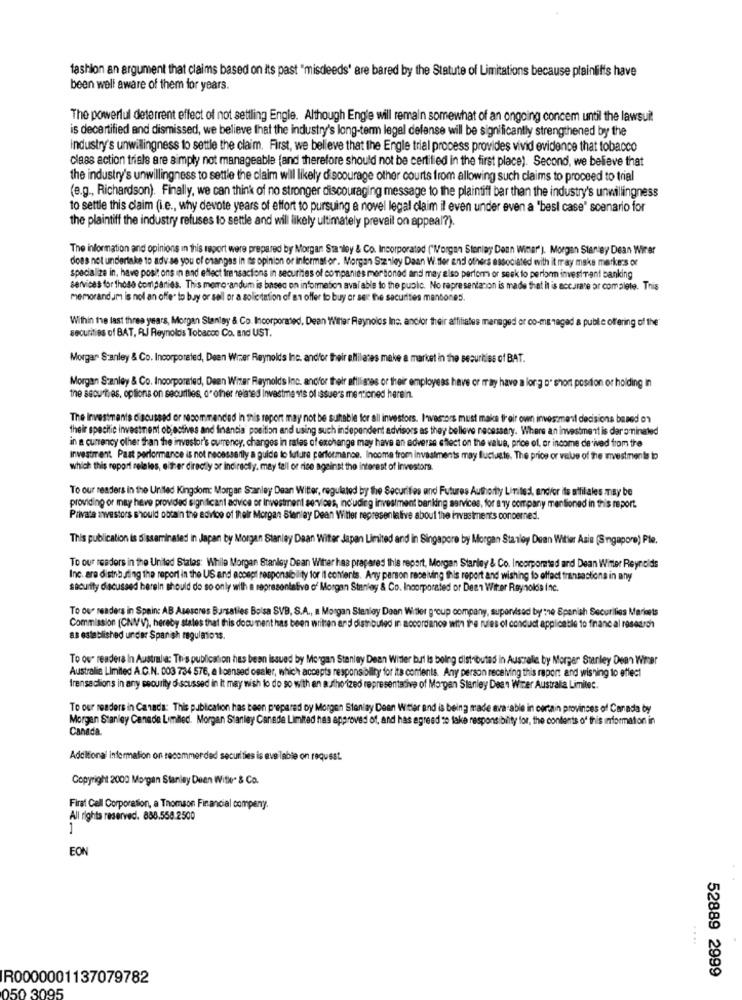
fashion an argument that claims based on its past "misdeeds' are bared by the Statute of Limitations because plaintiffs have
been well aware of them for years.
The powerful deterrent effect of not settling Engle. Although Engle will remain somewhat of an ongoing concem until the lawsuit
is decertified and dismissed, we believe that the industry's long-term legel defense will be significantly strengthened by the
Industry's unwillingness to settle the claim. First, we believe that the Engle trial process provides vivid evidence that tobacco
class action trisle are simply not manageable (and therefore should not be certified in the first place). Second, we believe that
the industry's unwillingness to settle the claim will likely discourage other courts from allowing such claims to proceed to trial
(e.g ., Richardson). Finally, we can think of no stronger discouraging message to the plaintiff bar than the industry's unwillingness
to settle this claim (i.e ., why devote years of effort to pursuing a novel legal claim il even under even a 'besl case" scenario for
the plaintiff the industry refuses to settle and will likely ultimately prevail on appeal?).
The information and opinions in this report were prepared by Morgan Stanley & Co. Incorporated ("Morgan Stanley Denn Wimer'). Morgan Stanley Dean Wirer
does not undertake to adv se you of changes in ns opinion or informat-or. Morgan Stanley Daan W.fler and others associated with it may make markers or
specialize in, have positons in and effect transactions in securities of companies mentioned and may also perform or seek to perlonn investment banking
services for those companies. This memorandum is based on information avai able to the public. No representanon is made that it is accurate or complete. This
memorandum is not an offer to buy or sell or a solicitation of an offer to buy or see the securities mantones.
Within the last three years, Morgan Stanley & Co. Incorporated, Dean Winter Reynolos Inc. andlor their affiliates managed or co-managed a public offering of the"
securities of BAT, RJ Reynolds Tobacco Co. and UST.
Morgan Stanley & Co. Incorporated, Deen Wiser Reynolds Inc. andfor their affiliates make a market in the securities of BAT.
Morgan Stanley & Co. Incorporated, Dean Witer Reynolds Inc. andfor their affiliates or their employees have or may have a long D' short position or holding in
the securities, options on securities, o" other related investments of issue's mentioned herein.
The Investments discussed or recommended in this report may not be suitable for all investors. Investors must maks freir own investment decisions based on
their specific investment objectives and francia position and using such independent advisors as they believe necessary. Where an investment is darominated
in a currency other than the investor's outrency, changes in rates of exchange may have an adverse effect on the value, price of, or income derived from the
Investment Past performance is not necessarily a guide to future performance. Income from investments may fluctugte. The price or vele of the investments to
which this report rele les, either directly or indirectly, may tell or rise against the interest of investors.
To our readers in the United Kingdom: Morgan Stanley Dean Witter, regulated by the Securities and Futures Authority Limited, and/or its affiliales may be
providing or may have provided significant advice or Investment services, including investment banking services, for any company mentioned in this report.
Private awestors should obtain the editor of their Morgan Stanley Dean Wier representative about the investments concerned.
This publication is disseminated in Japan by Morgan Stanley Dean Witer Japan Limited and in Singapore by Morgan Stanley Dean Witier Asie (Singapore) Ple.
To our readers in the United States: While Morgan Stanley Dean Wither has prepared this report, Morgan Stanley & Co. Incorporated and Dean Witter Reynolds
Inc. are distno sing the report in the US and accept responsibility for it contents. Any person receiving this report and wishing to effect transactions in any
security discussed berein should do so only with a representative of Morgan Stanley & Co. Incorporated or Dean Witer Reynolds inc.
To our readers in Spain: AB Asesores Bursaties Bolsa SVB, S.A ., a Morgan Stanley Daan Witter group company, supervised by the Spanish Securities Marioets
Commission (CNMV), hereby states that this document has been written and distributed in accordance with the rules of conduct applicable to financ al research
as established under Spanish regulations.
To os" readers In Australia: This publication has been issued by Morgan Stanley Dean Witter but is being distributed in Australie by Morger Stanley Dean Wirver
Australie Limited A.C.N. 003 734 576, a licensed osaler, which accepts responsibility for its contents. Any person receiving this report and wishing to effect
frensections in any security discussed in It may wish to do so with an authorized representative of Morgan Stanley Dean Wizer Australia Limitet.
To our readers in Canada: This publication has been prepared by Morgen Steniay Deen Witler and is being made ava able in certain provinces of Canada by
Morgan Stanley Canade Limiled. Morgan Stanley Canada Limited has approved of, and has agreed to take responsibility for, the contents of this information in
Canada
Additional information on recommended securities is available on request.
Copyright 2000 Morgan Stanley Duen Withe" & Co.
Firat Cell Corporation, a Thomson Financial compeny.
All rights reserved. 888.558.2500
EON
....
52889 2999
R0000001137079782
050 3095